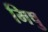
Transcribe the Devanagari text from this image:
मिषु